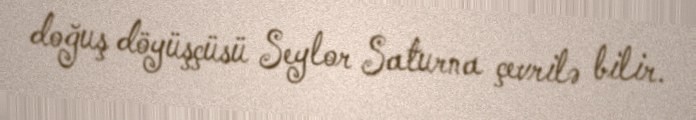
doğuş döyüşçüsü Seylor Saturna çevrilə bilir.